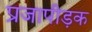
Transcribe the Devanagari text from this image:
प्रजापीड़क